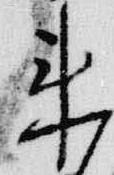
来